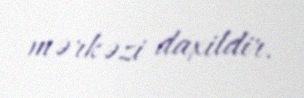
mərkəzi daxildir.